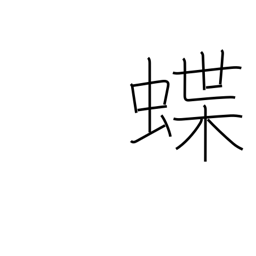
Meaning: butterfly